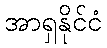
အာရှနိုင်ငံ